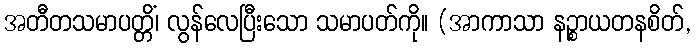
အတီတသမာပတ္တိံ၊ လွန်လေပြီးသော သမာပတ်ကို။ (အာကာသာ နဉ္စာယတနစိတ်,